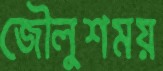
জৌলুশময়